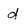
Character: d